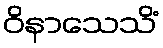
ဝိနာသေသိံ